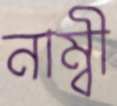
নাম্বী